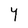
Character: Y